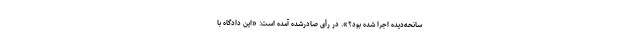
سانحه‌دیده اجرا شده بود؟». در رأی صادرشده آمده است: «این دادگاه با